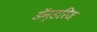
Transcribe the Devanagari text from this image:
डॅन्डरिज